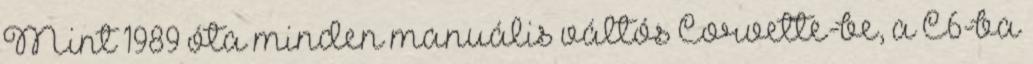
Mint 1989 óta minden manuális váltós Corvette-be, a C6-ba